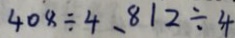
4 0 8 \div 4 、 8 1 2 \div 4